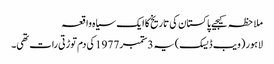
ملاحظہ کیجیے پاکستان کی تاریخ کا ایک سیاہ واقعہ
لاہور (ویب ڈیسک)یہ 3ستمبر 1977کی دم توڑتی رات تھی۔